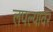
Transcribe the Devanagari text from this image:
लपल्यावर